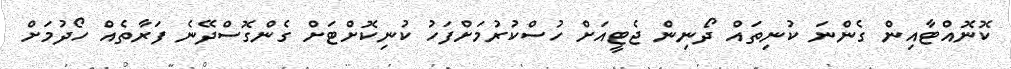
ކޮނޮއްޓާއިން ގެންނަ ކުނިތައް ދޯނިން ޖެޓީއަށް ހުސްކުރުމަށްފަހު ކުނިކޮށްޓަށް ގެންގޮސްދޭނެ ފަރާތެއް ހޯދުމަށް